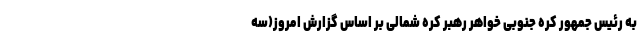
به رئیس جمهور کره جنوبی خواهر رهبر کره شمالی بر اساس گزارش امروز(سه